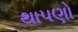
થાપણો